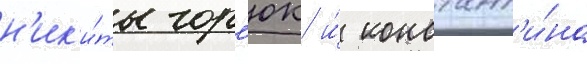
н'ик'и́ты гор'юк и́ констант'и́на